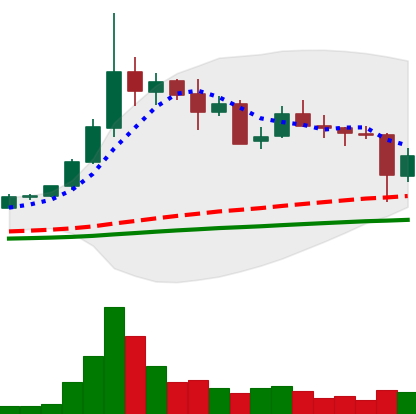
Ticker: ETC-USD
Chart end date: 2021-05-20
Forward return: 5.655%
Label: up_5_7